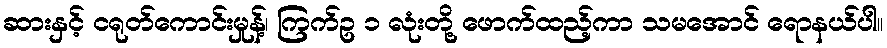
ဆားနှင့် ငရုတ်ကောင်းမှုန့်၊ ကြက်ဥ ၁ လုံးတို့ ဖောက်ထည့်ကာ သမအောင် ရောနယ်ပါ။